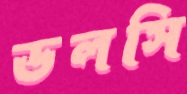
ডলসি